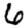
Digit: 6